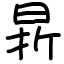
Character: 𣇄